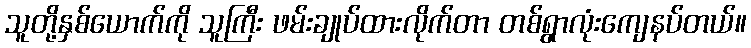
သူတို့နှစ်ယောက်ကို သူကြီး ဖမ်းချုပ်ထားလိုက်တာ တစ်ရွာလုံးကျေနပ်တယ်။